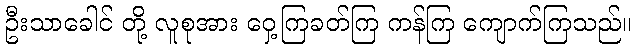
ဦးသာခေါင် တို့ လူစုအား ဝှေ့ကြခတ်ကြ ကန်ကြ ကျောက်ကြသည်။